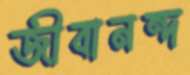
জীবানন্দ